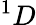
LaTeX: {}^{1}D